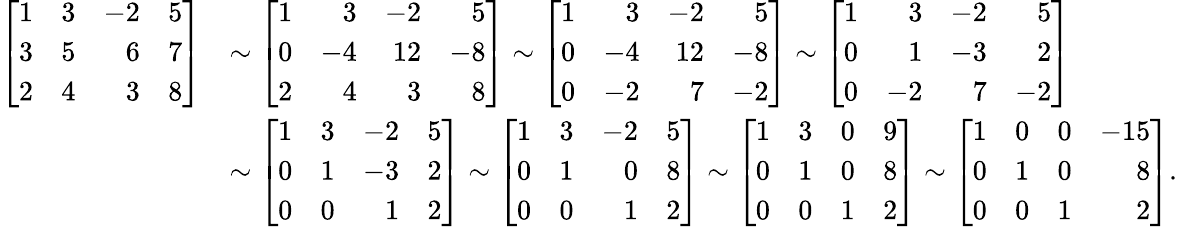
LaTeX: {\begin{array}{rl}{\left[{\begin{array}{rrrr}{1}&{3}&{-2}&{5}\\ {3}&{5}&{6}&{7}\\ {2}&{4}&{3}&{8}\end{array}}\right]}&{\sim\left[{\begin{array}{rrrr}{1}&{3}&{-2}&{5}\\ {0}&{-4}&{12}&{-8}\\ {2}&{4}&{3}&{8}\end{array}}\right]\sim\left[{\begin{array}{rrrr}{1}&{3}&{-2}&{5}\\ {0}&{-4}&{12}&{-8}\\ {0}&{-2}&{7}&{-2}\end{array}}\right]\sim\left[{\begin{array}{rrrr}{1}&{3}&{-2}&{5}\\ {0}&{1}&{-3}&{2}\\ {0}&{-2}&{7}&{-2}\end{array}}\right]}\\ &{\sim\left[{\begin{array}{rrrr}{1}&{3}&{-2}&{5}\\ {0}&{1}&{-3}&{2}\\ {0}&{0}&{1}&{2}\end{array}}\right]\sim\left[{\begin{array}{rrrr}{1}&{3}&{-2}&{5}\\ {0}&{1}&{0}&{8}\\ {0}&{0}&{1}&{2}\end{array}}\right]\sim\left[{\begin{array}{rrrr}{1}&{3}&{0}&{9}\\ {0}&{1}&{0}&{8}\\ {0}&{0}&{1}&{2}\end{array}}\right]\sim\left[{\begin{array}{rrrr}{1}&{0}&{0}&{-15}\\ {0}&{1}&{0}&{8}\\ {0}&{0}&{1}&{2}\end{array}}\right].}\end{array}}